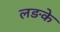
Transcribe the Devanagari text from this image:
लङके